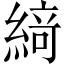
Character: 𦂶